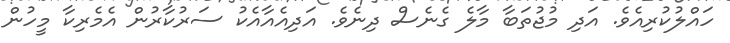
ހައްލުކުރިއެވެ. އަދި މުޖުތަބާ މާލެ ގެނެސް ދިނެވެ. އަދިއެއާއެކު ސަރުކާރުން އެމެރިކާ މީހުން